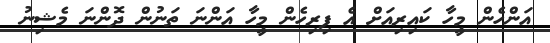
އަންހެން މީހާ ކައިރިއަށް އެ ފިރިހެން މީހާ އަންނަ ތަނުން ދޮންނަ މެޝިނު